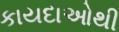
કાયદાઓથી